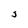
Character: S